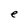
Character: e